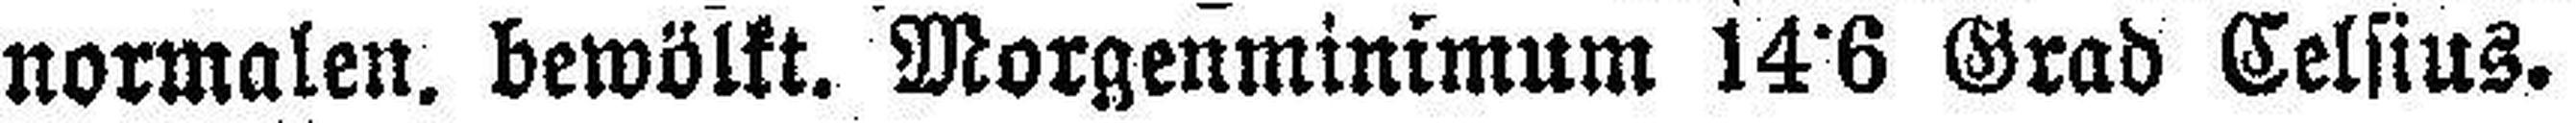
normalen. bewölkt. Morgenminimum 14°6 Grad Celsius.